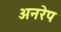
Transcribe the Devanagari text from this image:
अनरेप